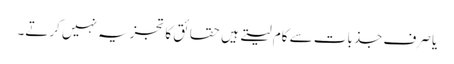
یا صرف جذبات سے کام لیتے ہیں حقائق کا تجزیہ نہیں کرتے۔